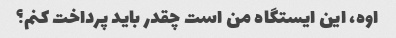
اوه، این ایستگاه من است چقدر باید پرداخت کنم؟